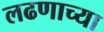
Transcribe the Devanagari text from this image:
लढणाच्या